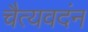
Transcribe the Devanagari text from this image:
चैत्यवदंन